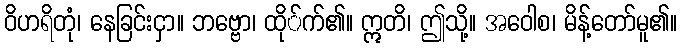
ဝိဟရိတုံ၊ နေခြင်းငှာ။ ဘဗ္ဗော၊ ထို်က်၏။ ဣတိ၊ ဤသို့။ အဝေါစ၊ မိန့်တော်မူ၏။